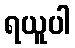
ရယူပါ